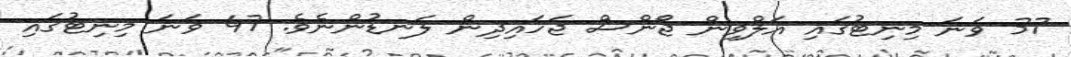
37 ވަނަ މިނިޓުގައި އަލްވިން ޖޯންސް ޖަހައިދިން ލަނޑުންނެވެ. 47 ވަނަ މިނިޓުގައި